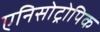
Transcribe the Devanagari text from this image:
एनिसोट्रोपिक